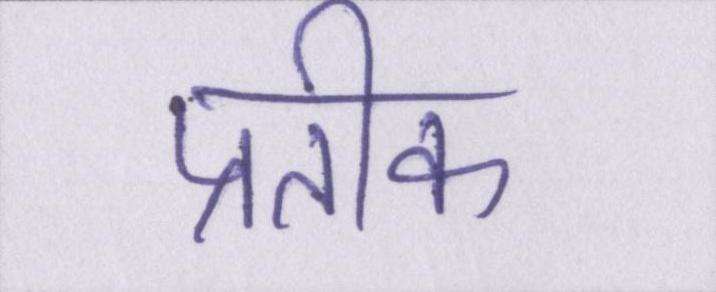
प्रतीक